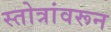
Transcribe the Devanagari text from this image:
स्तोत्रांवरून